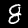
Label: 8